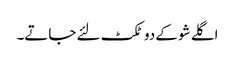
اگلے شو کے دو ٹکٹ لئے جاتے۔